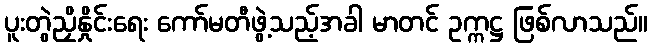
ပူးတွဲညှိနှိုင်းရေး ကော်မတီဖွဲ့သည့်အခါ မာတင် ဥက္ကဋ္ဌ ဖြစ်လာသည်။